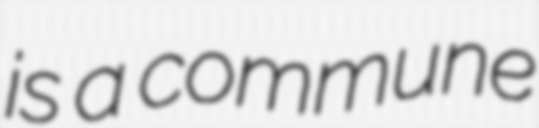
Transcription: is a commune